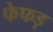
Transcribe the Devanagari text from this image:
फेफड़